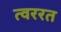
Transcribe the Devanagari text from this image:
त्वररत